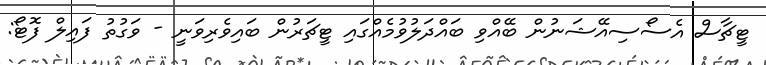
ޓީޗާސް އެސޯސިއޭޝަނުން ބޭއްވި ބައްދަލުވުމެއްގައި ޓީޗަރުން ބައިވެރިވަނީ - ވަގުތު ފައިލް ފޮޓޯ: